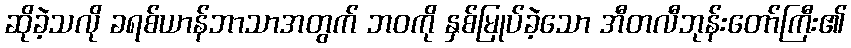
ဆိုခဲ့သလို ခရစ်ယာန်ဘာသာအတွက် ဘဝကို နှစ်မြုပ်ခဲ့သော အီတလီဘုန်းတော်ကြီး၏